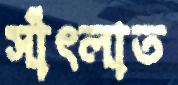
সাঁৎলাত